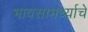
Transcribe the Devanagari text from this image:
भावसामर्थ्याचे